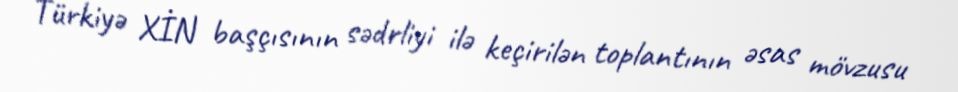
Türkiyə XİN başçısının sədrliyi ilə keçirilən toplantının əsas mövzusu